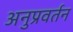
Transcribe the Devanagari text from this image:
अनुप्रवर्तन